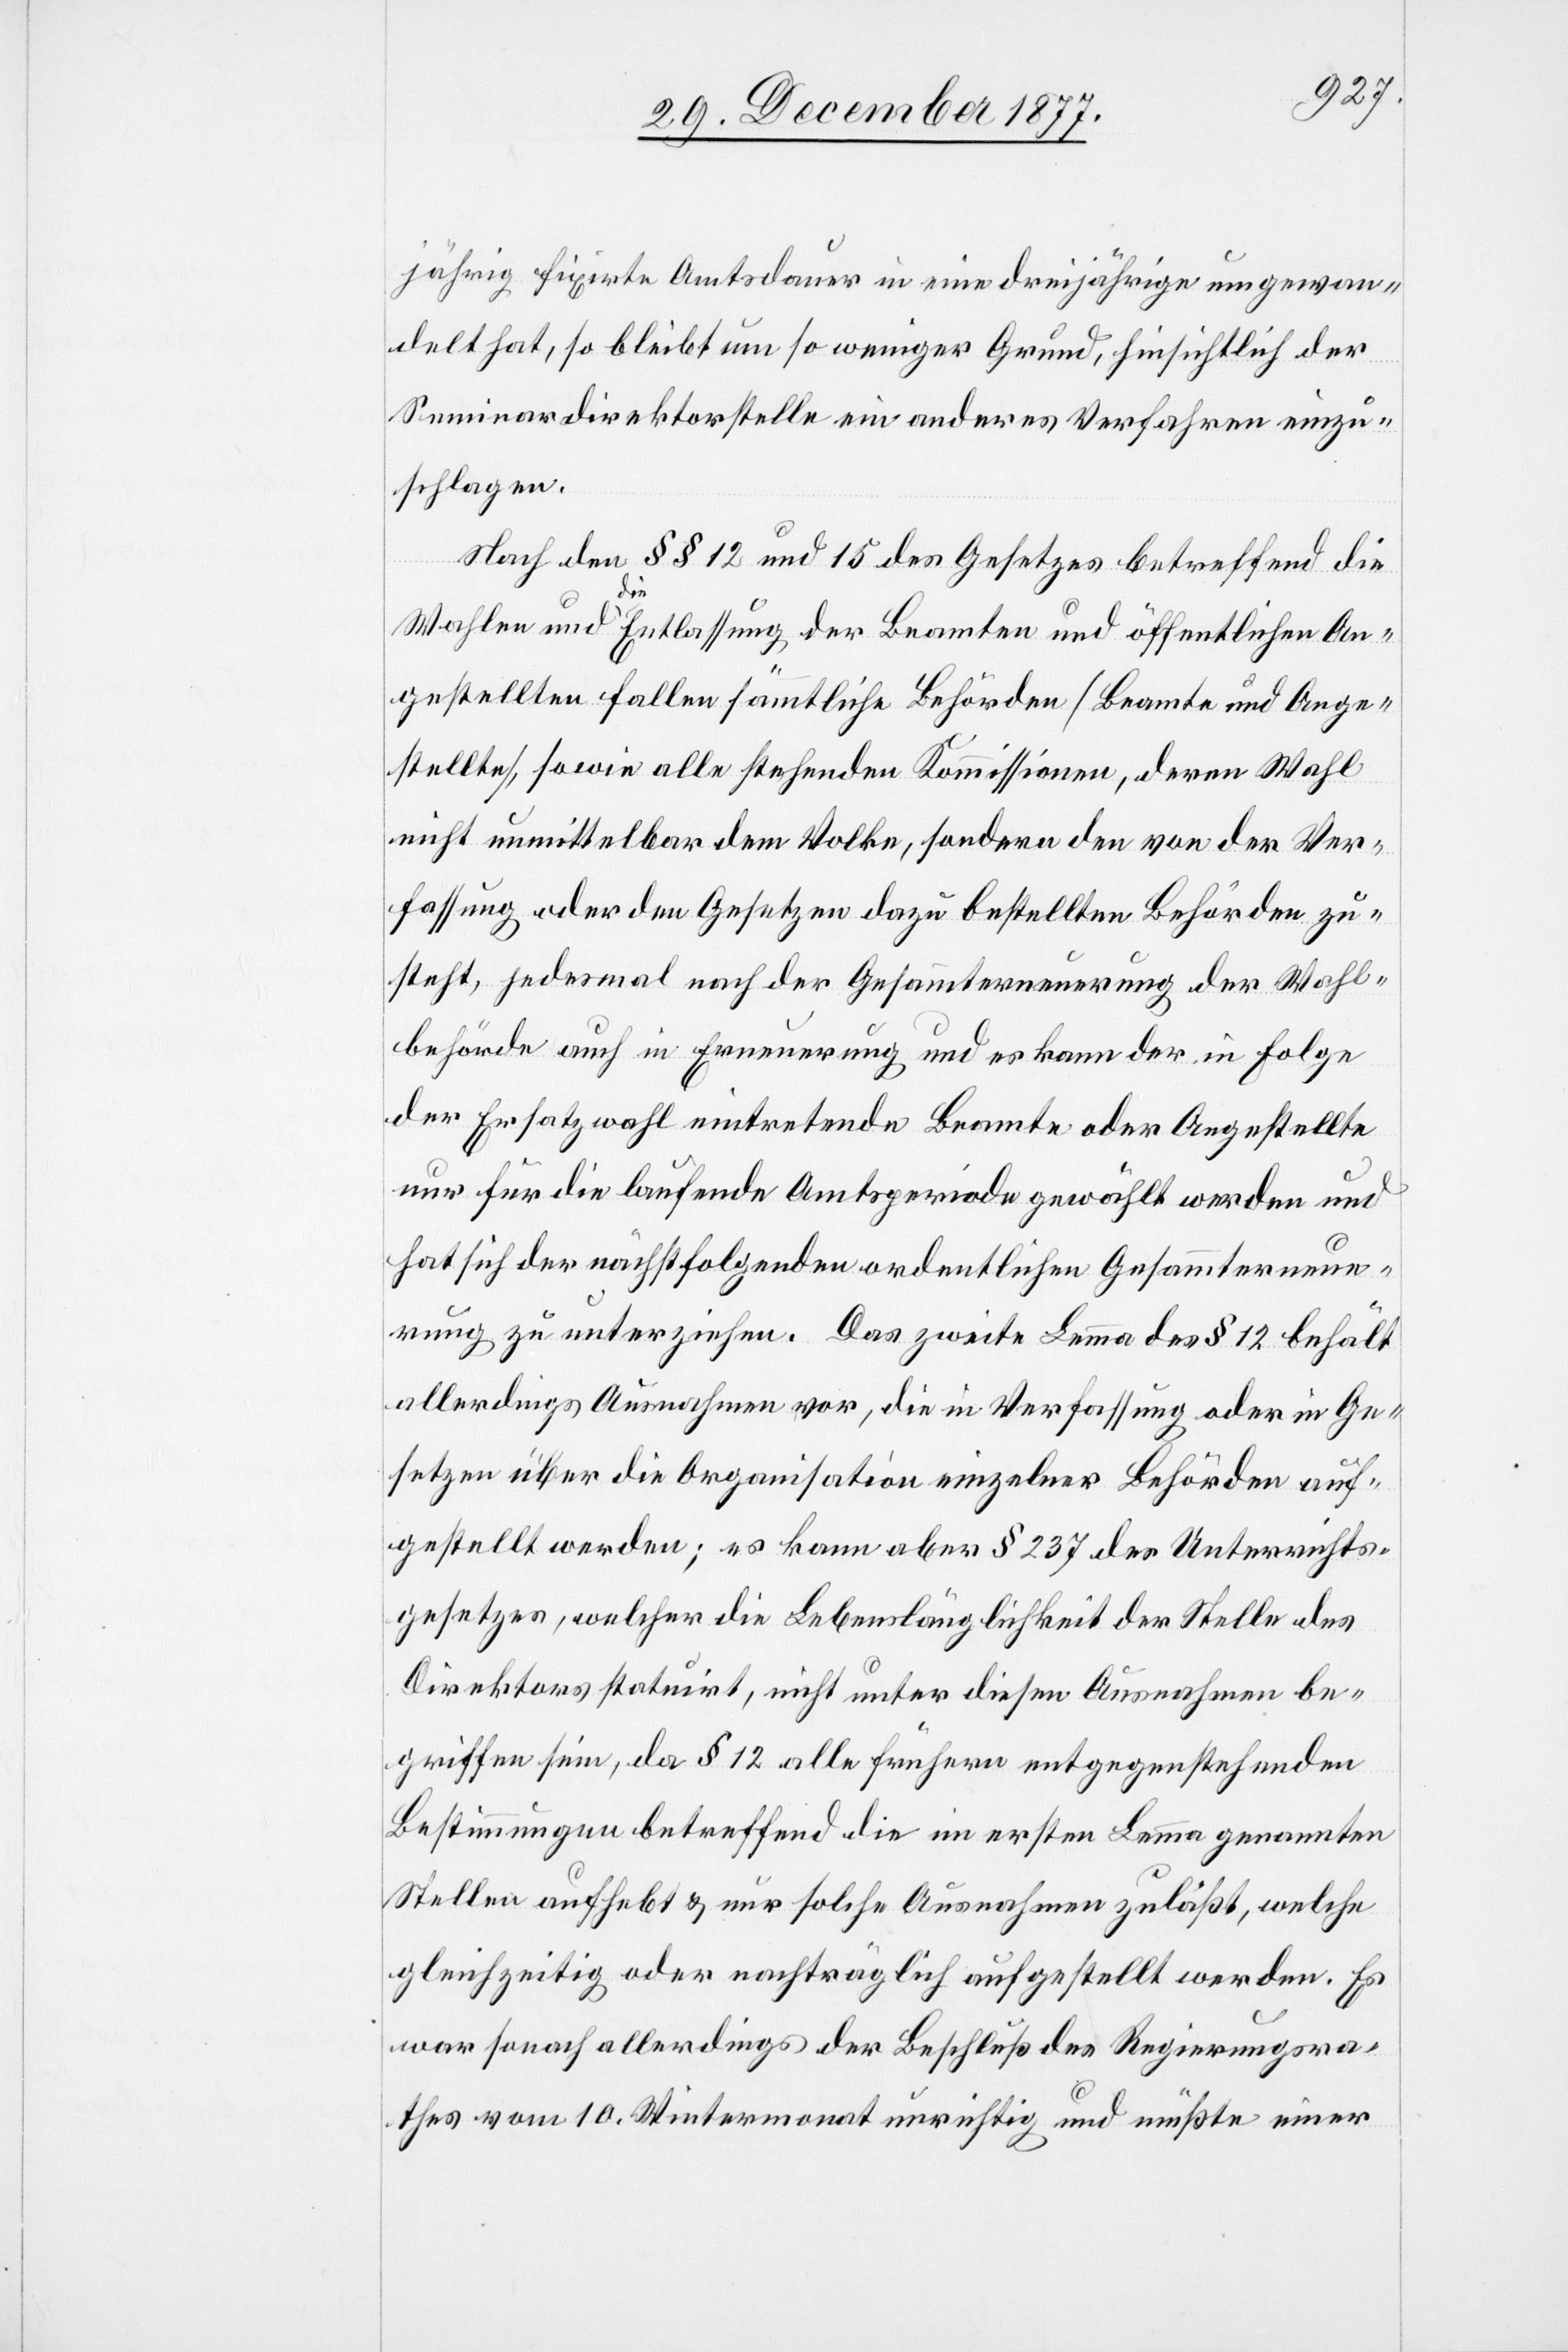
jährig fixirte Amtsdauer in eine dreijährige umgewan¬
delt hat, so bleibt um so weniger Grund, hinsichtlich der
Seminardirektorstelle ein anderes Verfahren einzu¬
schlagen.
Nach den §§ 12 und 15 des Gesetzes betreffend die
Wahlen und die Entlassung der Beamten und öffentlichen An¬
gestellten fallen sämmtliche Behörden [Beamte und Ange¬
stellte], sowie alle stehenden Kommissionen, deren Wahl
nicht unmittelbar dem Volke, sondern den von der Ver¬
fassung oder den Gesetzen dazu bestellten Behörden zu¬
steht, jedesmal nach der Gesammterneuerung der Wahl¬
behörde auch in Erneuerung und es kann der in Folge
der Ersatzwahl eintretende Beamte oder Angestellte
nur für die laufende Amtsperiode gewählt werden und
hat sich der nächstfolgenden ordentlichen Gesammterneue¬
rung zu unterziehen. Das zweite Lemma des § 12 behält
allerdings Ausnahmen vor, die in Verfassung oder in Ge¬
setzen über die Organisation einzelner Behörden auf¬
gestellt werden; es kann aber § 237 des Unterrichts¬
gesetzes, welcher die Lebenslänglichkeit der Stelle des
Direktors statuirt, nicht unter diesen Ausnahmen be¬
griffen sein, da § 12 alle frühern entgegenstehenden
Bestimmungen betreffend die im ersten Lemma genannten
Stellen aufhebt & nur solche Ausnahmen zuläßt, welche
gleichzeitig oder nachträglich aufgestellt werden. Es
war sonach allerdings der Beschluß des Regierungsra¬
thes vom 10. Wintermonat unrichtig und müßte einer